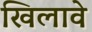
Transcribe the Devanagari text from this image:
खिलावे